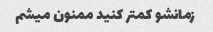
زمانشو کمتر کنید ممنون میشم